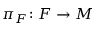
\pi _ { F } \colon F \to M